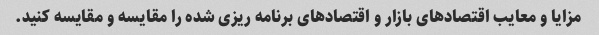
مزایا و معایب اقتصادهای بازار و اقتصادهای برنامه ریزی شده را مقایسه و مقایسه کنید.